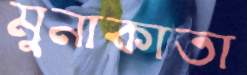
মুনাকাতা